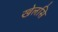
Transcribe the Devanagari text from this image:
खेलसि